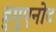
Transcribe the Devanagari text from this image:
हुगुएनोट